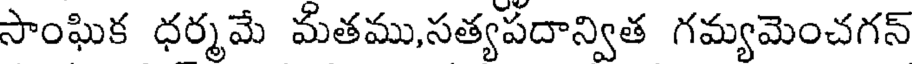
సాంఘిక ధర్మమే మతము,సత్యపదాన్విత గమ్యమెంచగన్